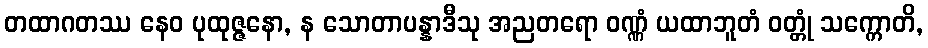
တထာဂတဿ နေဝ ပုထုဇ္ဇနော, န သောတာပန္နာဒီသု အညတရော ဝဏ္ဏံ ယထာဘူတံ ဝတ္တုံ သက္ကောတိ,